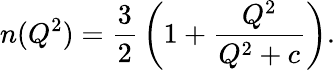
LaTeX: n(Q^{2})={\frac{3}{2}}\left(1+{\frac{Q^{2}}{Q^{2}+c}}\right).